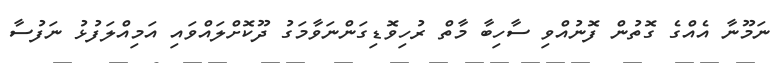
ނަމޫނާ އެއްގެ ގޮތުން ފޮނުއްވި ސާހިބާ މާތް ރުހިވޮޑިގަންނަވާމަގު ދޫކޮށްލައްވައި އަމިއްލަފުޅު ނަފުސާ